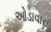
ઓડાવારા